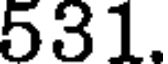
531.